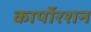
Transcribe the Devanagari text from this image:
कार्पोरशन